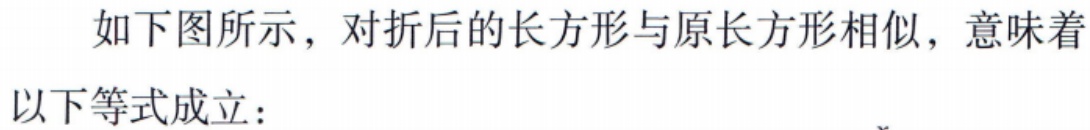
如下图所示，对折后的长方形与原长方形相似，意味着
以下等式成立：